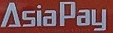
AsiaPlay